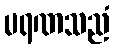
မရဏသညံ